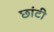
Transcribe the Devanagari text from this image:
छांटी